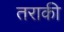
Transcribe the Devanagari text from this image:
तराकी